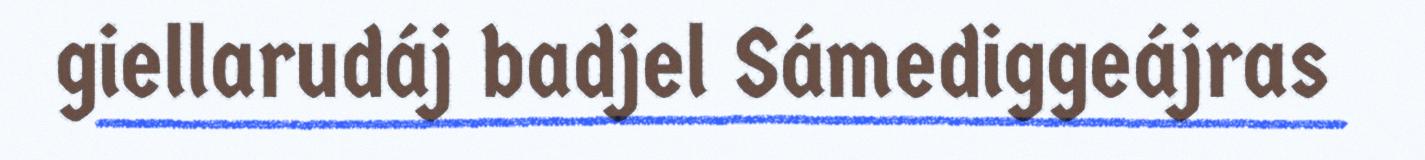
giellarudáj badjel Sámediggeájras